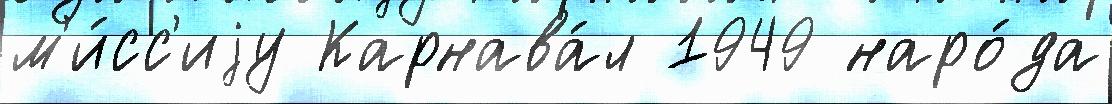
м'и́сс'иjу Карнава́л 1949 наро́да